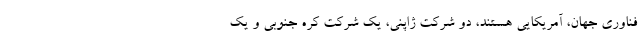
فناوری جهان، آمریکایی هستند، دو شرکت ژاپنی، یک شرکت کره جنوبی و یک